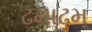
ઢમાઢમ